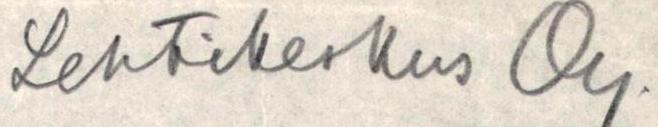
Lehtikeskus Oy.